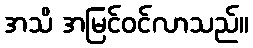
အသိ အမြင်ဝင်လာသည်။